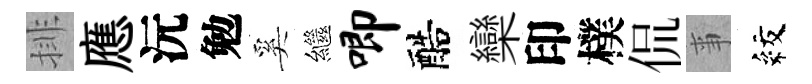
排應沅勉奚繼唧醅欒印樸侃亊紋